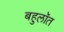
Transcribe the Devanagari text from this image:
बहुलॉत